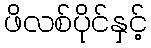
ဖိလစ်ပိုင်နှင့်